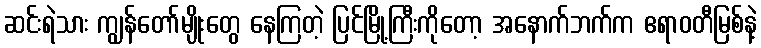
ဆင်းရဲသား ကျွန်တော်မျိုးတွေ နေကြတဲ့ ပြင်မြို့ကြီးကိုတော့ အနောက်ဘက်က ဧရာဝတီမြစ်နဲ့